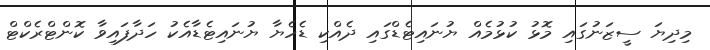
މިދިޔަ ސީޒަނުގައި މޮޅު ކުޅުމެއް ޔުނައިޓެޑްގައި ދެއްކި ޑެހެޔާ ޔުނައިޓެޑާއެކު ހަދާފައިވާ ކޮންޓްރެކްޓް